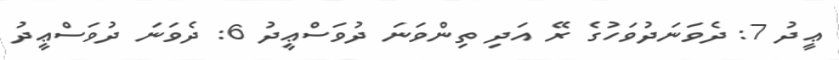
ޢީދު 7: ދެވަނަދުވަހުގެ ރޭ އަދި ތިންވަނަ ދުވަސްޢީދު 6: ދެވަނަ ދުވަސްޢީދު